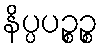
နိပ္ပပဉ္စဉ္စ